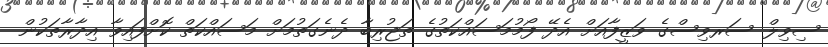
ސިވިލް ސަރވިސްގެ ވަޒީފާއަށް އެދޭ ފޯމުމަސައްކަތުގެ ތަޖުރިބާ ދެނެގަތުމަށް މަސައްކަތް ކޮށްފައިވާ އިދާރާތަކުން